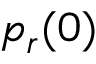
p _ { r } ( 0 )